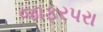
જાફરપરા